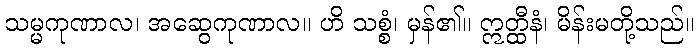
သမ္မကုဏာလ၊ အဆွေကုဏာလ။ ဟိ သစ္စံ၊ မှန်၏။ ဣတ္ထီနံ၊ မိန်းမတို့သည်။